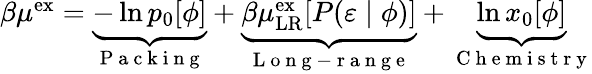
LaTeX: \begin{array}{r}{\beta\mu^{\mathrm{{ex}}}=\underbrace{-\ln p_{0}[\phi]}_{\mathrm{~P~a~c~k~i~n~g~}}+\underbrace{\beta\mu_{\mathrm{{LR}}}^{\mathrm{{ex}}}[P(\varepsilon\; |\; \phi)]}_{\mathrm{~L~o~n~g~-~r~a~n~g~e~}}+\underbrace{\ln x_{0}[\phi]}_{\mathrm{~C~h~e~m~i~s~t~r~y~}}}\end{array}